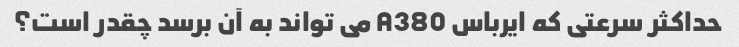
حداکثر سرعتی که ایرباس A380 می تواند به آن برسد چقدر است؟